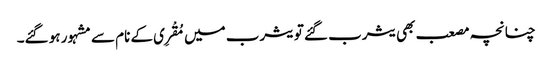
چنانچہ مصعب بھی یثرب گئے تو یثرب میں مُقْرِی کے نام سے مشہور ہو گئے۔